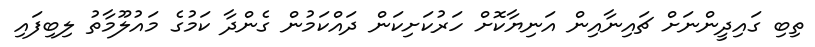
ތިބި ގައިދީންނަށް ޗައިނާއިން އަނިޔާކޮށް ހަރުކަށިކަން ދައްކަމުން ގެންދާ ކަމުގެ މައުލޫމާތު ލިބިފައި